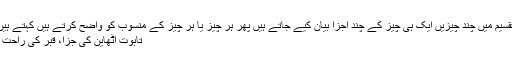
تقسیم میں چند چیزیں ایک ہی چیز کے چند اجزا بیان کیے جاتے ہیں پھر ہر چیز یا ہر چیز کے منسوب کو واضح کرتے ہیں کہتے ہیں
تابوت اٹھاین کی جزا، قبر کی راحت ۔